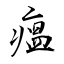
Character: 瘟